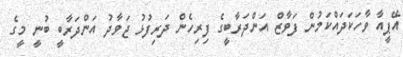
އޭޕީއާ ވާހަކަދައްކަމުން ފަވާޒް އަންދަރާބީގެ ފިރިހެން ދަރިފުޅު ޖަވާދު އަންދަރާބީ ބުނީ މީގެ